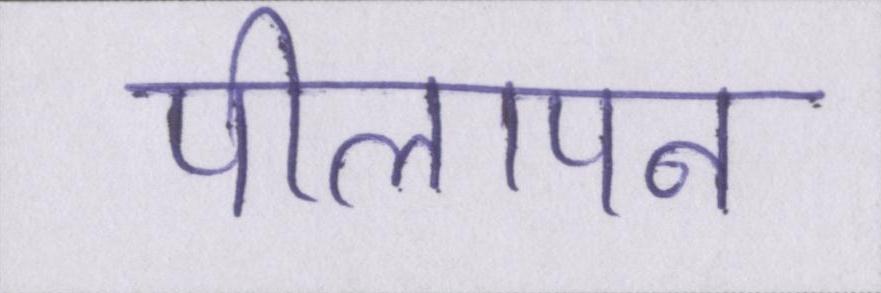
पीलापन